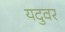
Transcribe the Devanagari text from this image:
यदुवर